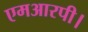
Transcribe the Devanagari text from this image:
एमआरपी।